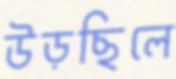
উড়ছিলে